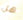
هل